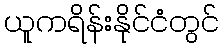
ယူကရိန်းနိုင်ငံတွင်